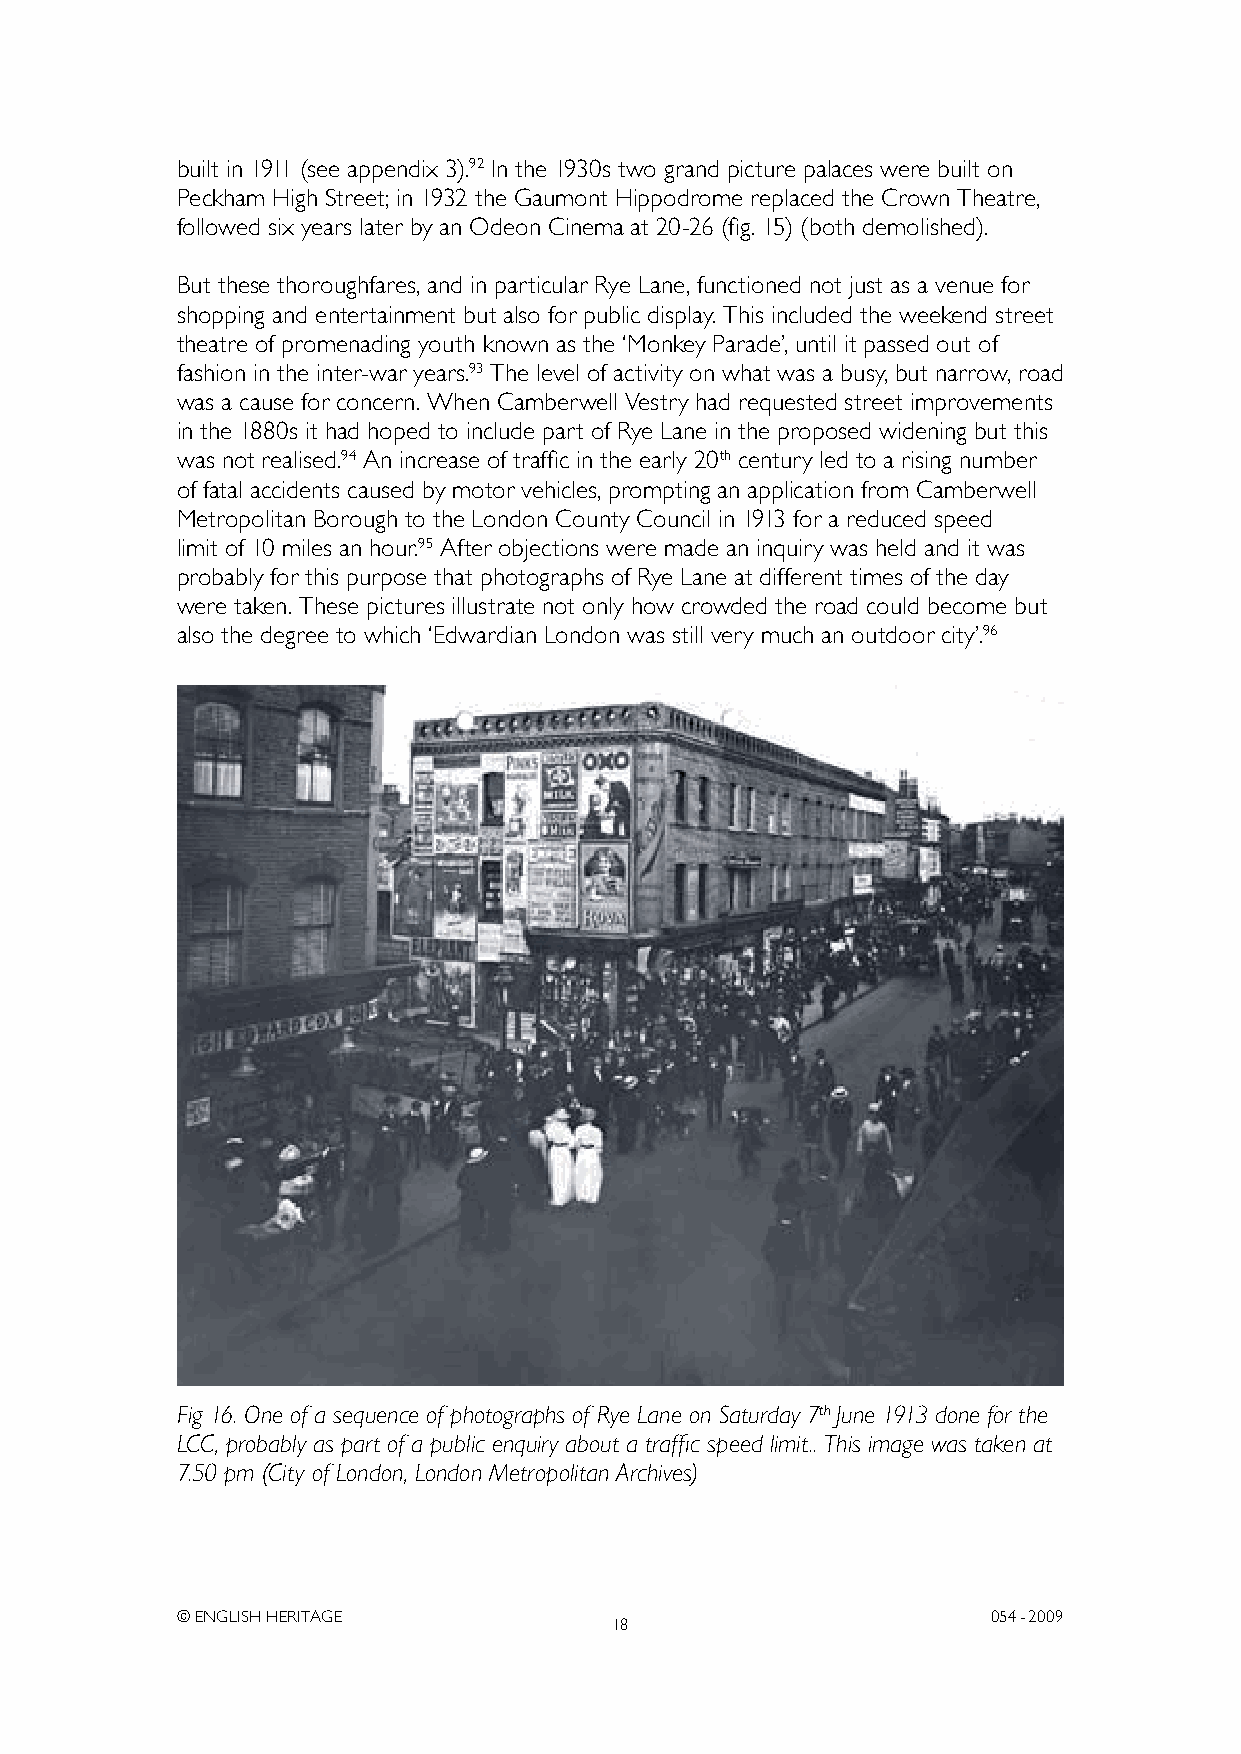
built in 1911 (see appendix 3).92 In the 1930s two grand picture palaces were built on
 Peckham High Street; in 1932 the Gaumont Hippodrome replaced the Crown Theatre,
 followed six years later by an Odeon Cinema at 20-26 (fig. 15) (both demolished).
 But these thoroughfares, and in particular Rye Lane, functioned not just as a venue for
 shopping and entertainment but also for public display. This included the weekend street
 theatre of promenading youth known as the ‘Monkey Parade’, until it passed out of
 fashion in the inter-war years.93 The level of activity on what was a busy, but narrow, road
 was a cause for concern. When Camberwell Vestry had requested street improvements
 in the 1880s it had hoped to include part of Rye Lane in the proposed widening but this
 was not realised.94 An increase of traffic in the early 20th century led to a rising number
 of fatal accidents caused by motor vehicles, prompting an application from Camberwell
 Metropolitan Borough to the London County Council in 1913 for a reduced speed
 limit of 10 miles an hour.95 After objections were made an inquiry was held and it was
 probably for this purpose that photographs of Rye Lane at different times of the day
 were taken. These pictures illustrate not only how crowded the road could become but
 also the degree to which ‘Edwardian London was still very much an outdoor city’.96
 Fig 16. One of a sequence of photographs of Rye Lane on Saturday 7th June 1913 done for the
 LCC, probably as part of a public enquiry about a traffic speed limit.. This image was taken at
 7.50 pm (City of London, London Metropolitan Archives)
 © ENGLISH HERITAGE                                    054- 2009
 18